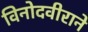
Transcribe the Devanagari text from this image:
विनोदवीराने